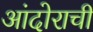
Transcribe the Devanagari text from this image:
आंदोराची